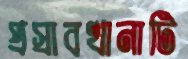
প্রস্রাবখানাটি